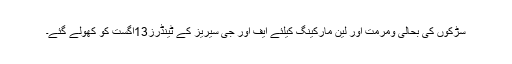
سڑکوں کی بحالی ومرمت اور لین مارکینگ کیلئے ایف اور جی سیریز کے ٹینڈرز13اگست کو کھولے گئے۔